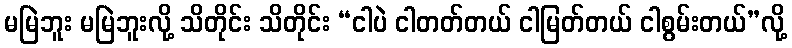
မမြဲဘူး မမြဲဘူးလို့ သိတိုင်း သိတိုင်း “ငါပဲ ငါတတ်တယ် ငါမြတ်တယ် ငါစွမ်းတယ်”လို့